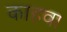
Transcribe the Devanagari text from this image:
काहवा